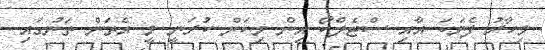
މިހާރު ފެނަކަ އާއި ސްޓެލްކޯ އިން މިކަން ކުރަނީ މީ އެތަން ތަނުގައި